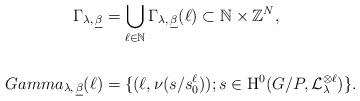
LaTeX: \begin{align*}\Gamma_{\lambda,\,\underline{\beta}}&=\bigcup_{\ell\in\mathbb N} \Gamma_{\lambda,\,\underline{\beta}}(\ell) \subset \mathbb N\times \mathbb Z^N,\\ \ \ \\Gamma_{\lambda,\,\underline{\beta}}(\ell)&=\{(\ell,\nu(s/s_0^\ell)); s\in \mathrm{H}^0(G/P,\mathcal L_\lambda^{\otimes \ell})\}.\end{align*}